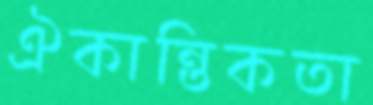
ঐকান্তিকতা